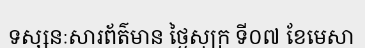
ទស្សនៈសារព័ត៌មាន ថ្ងៃសុក្រ ទី០៧ ខែមេសា